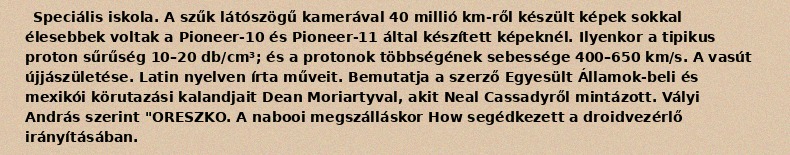
Speciális iskola. A szűk látószögű kamerával 40 millió km-ről készült képek sokkal élesebbek voltak a Pioneer-10 és Pioneer-11 által készített képeknél. Ilyenkor a tipikus proton sűrűség 10–20 db/cm³; és a protonok többségének sebessége 400–650 km/s. A vasút újjászületése. Latin nyelven írta műveit. Bemutatja a szerző Egyesült Államok-beli és mexikói körutazási kalandjait Dean Moriartyval, akit Neal Cassadyről mintázott. Vályi András szerint "ORESZKO. A nabooi megszálláskor How segédkezett a droidvezérlő irányításában.